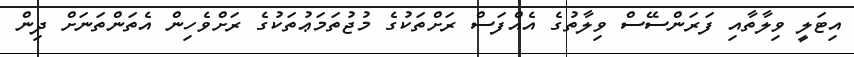
އިޓަލީ ވިލާތާއި ފަރަންސޭސް ވިލާތުގެ އެއްފަސް ރަށްތަކުގެ މުޖުތަމަޢުތަކުގެ ރަށްވެހިން އެތަންތަނަށް ދިން